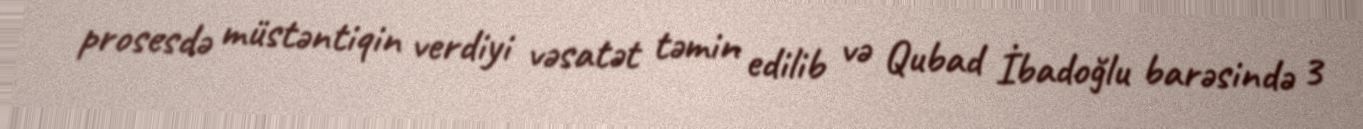
prosesdə müstəntiqin verdiyi vəsatət təmin edilib və Qubad İbadoğlu barəsində 3